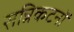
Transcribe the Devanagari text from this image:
सन्निकटनों